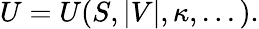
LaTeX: U=U(S,\vert V\vert,\kappa,...).